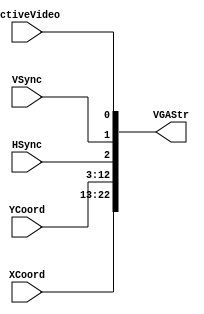
//////////////////////////////////////////////////////////////////////////////////
// Company: University of Alicante
// 
// Module Name:    PxsStrVGAJoin
// Description:    Join the components of a VGA stream 
//
// Dependencies: 
//
// Revision: 
// Revision 0.01 - File Created 
// 
//
// Additional Comments: based on PixelStream lib from Celoxica Ltd.
//
//	Video Stream notation 
//	- VGA: type of video 640x480 progresive
//  - S: Sync signals HSync, VSync
//	- C: Coordinates XCoord, YCoord	
//	- A: ActiveVideo 
//	- P: Pixel type RGB(1:1:1)/ Gray(3b)	
//////////////////////////////////////////////////////////////////////////////////
module PxsStrVGAJoin (			
            input wire      HSync,         // Horizontal sync out
            input wire      VSync,         // Vertical sync out
            input wire [9:0] XCoord,       // ScanX postion
            input wire [9:0] YCoord,       // ScanY position 
            input wire      ActiveVideo,	// active video
			output wire [22:0] VGAStr		// output stream
         );
		 
// alias 
`define Active 0:0
`define VS 1:1
`define HS 2:2
`define YC 12:3
`define XC 22:13

    assign VGAStr[`HS]= HSync;
    assign VGAStr[`VS]= VSync;
    assign VGAStr[`Active] = ActiveVideo;
	assign VGAStr[`XC] = XCoord;
	assign VGAStr[`YC] = YCoord;
	
 endmodule